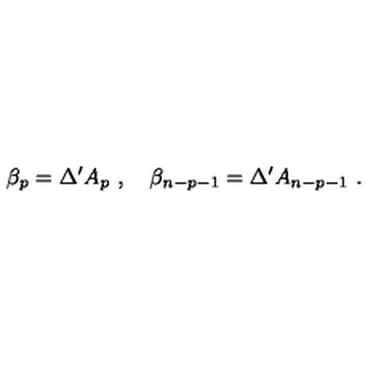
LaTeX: \beta _ { p } = \Delta ^ { \prime } A _ { p } \ , \quad \beta _ { n - p - 1 } = \Delta ^ { \prime } A _ { n - p - 1 } \ .